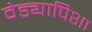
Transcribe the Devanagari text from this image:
वेड्यापिशा